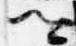
卿